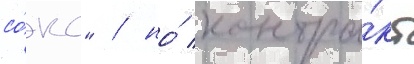
со́кс" / но́ контра́кт